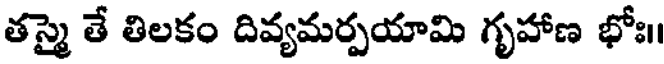
తస్మై తే తిలకం దివ్యమర్పయామి గృహాణ భోః।